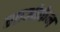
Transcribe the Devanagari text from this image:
गाओफेन